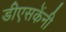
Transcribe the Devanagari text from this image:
डीएसकेंनी